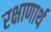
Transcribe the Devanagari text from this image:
रक्षाणार्थ